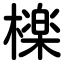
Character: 檪